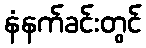
နံနက်ခင်းတွင်